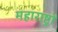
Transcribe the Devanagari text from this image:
महाराष्ट्रों